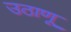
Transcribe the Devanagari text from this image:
उठाणू